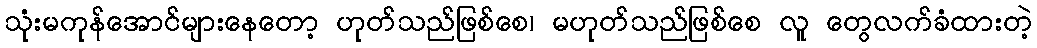
သုံးမကုန်အောင်များနေတော့ ဟုတ်သည်ဖြစ်စေ၊ မဟုတ်သည်ဖြစ်စေ လူ တွေလက်ခံထားတဲ့